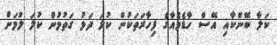
ކަލާ ބޭންކާއި އޭސް ހާޑެވެއާގެ ފިހާރަތަކުން ކުލަ ދަޅު ގަތުމުން ކުލަ ލުމަށް